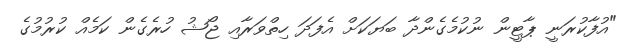
"އުފާކުރަނީ ޕާޓީން ނުކުމެގެންދާ ބަޔަކަށް އެފަދަ ހިތްވަރާއި ޖޯޝު ހުރެގެން ކަމެއް ކުރުމުގެ